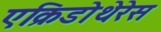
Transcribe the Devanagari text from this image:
एक्रिडोथेरेस